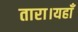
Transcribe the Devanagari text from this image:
तारा।यहाँ